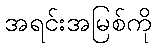
အရင်းအမြစ်ကို